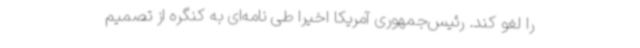
را لغو کند. رئیس‌جمهوری آمریکا اخیراً طی نامه‌ای به کنگره از تصمیم